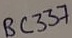
Text: BC337